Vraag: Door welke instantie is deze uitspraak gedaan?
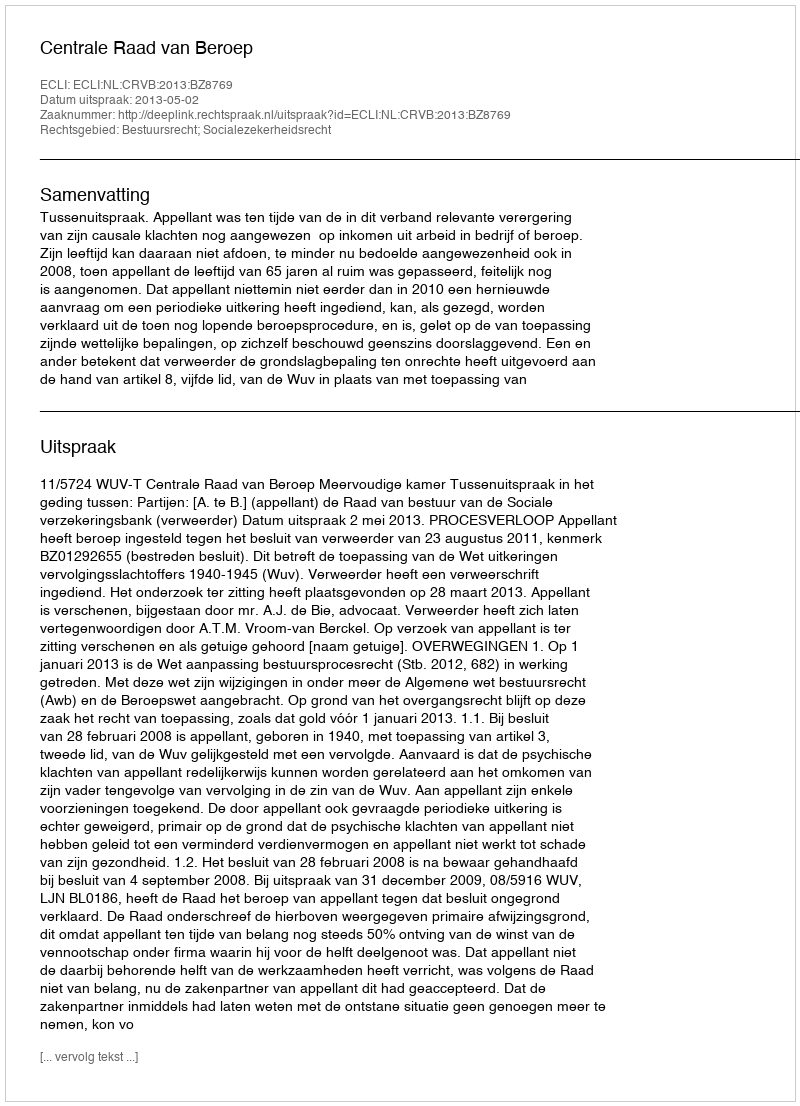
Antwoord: Centrale Raad van Beroep